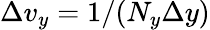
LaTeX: \Delta v_{y}=1/(N_{y}\Delta y)